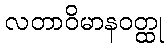
လတာဝိမာနဝတ္ထု